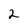
Character: 2